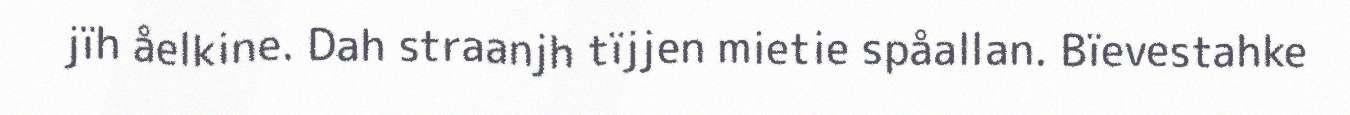
jïh åelkine. Dah straanjh tïjjen mietie spåallan. Bïevestahke